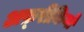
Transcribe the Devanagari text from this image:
अफ़्रीकियो